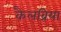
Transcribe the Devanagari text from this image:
कैलब्रिया